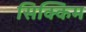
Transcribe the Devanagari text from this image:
सिक्किम